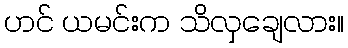
ဟင် ယမင်းက သိလှချေလား။